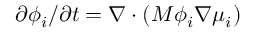
{ \partial \phi _ { i } / \partial t = \nabla \cdot ( M \phi _ { i } \nabla \mu _ { i } ) }